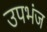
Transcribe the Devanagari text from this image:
उपभंज